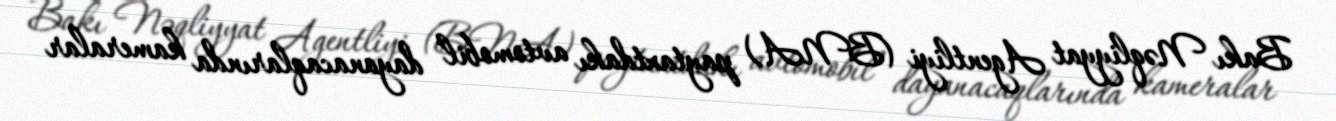
Bakı Nəqliyyat Agentliyi (BNA) paytaxtdakı avtomobil dayanacaqlarında kameralar